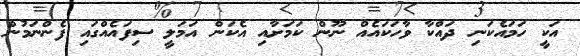
އަކީ ހަމައެކަނި ދައްކާ ވާހަކައެއް ނޫން ކަމަށާއި އެކަން އަމަލީ ސިފައެއްގައި ފެންނަމުން